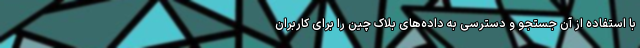
با استفاده از آن جستجو و دسترسی به داده‌های بلاک چین را برای کاربران